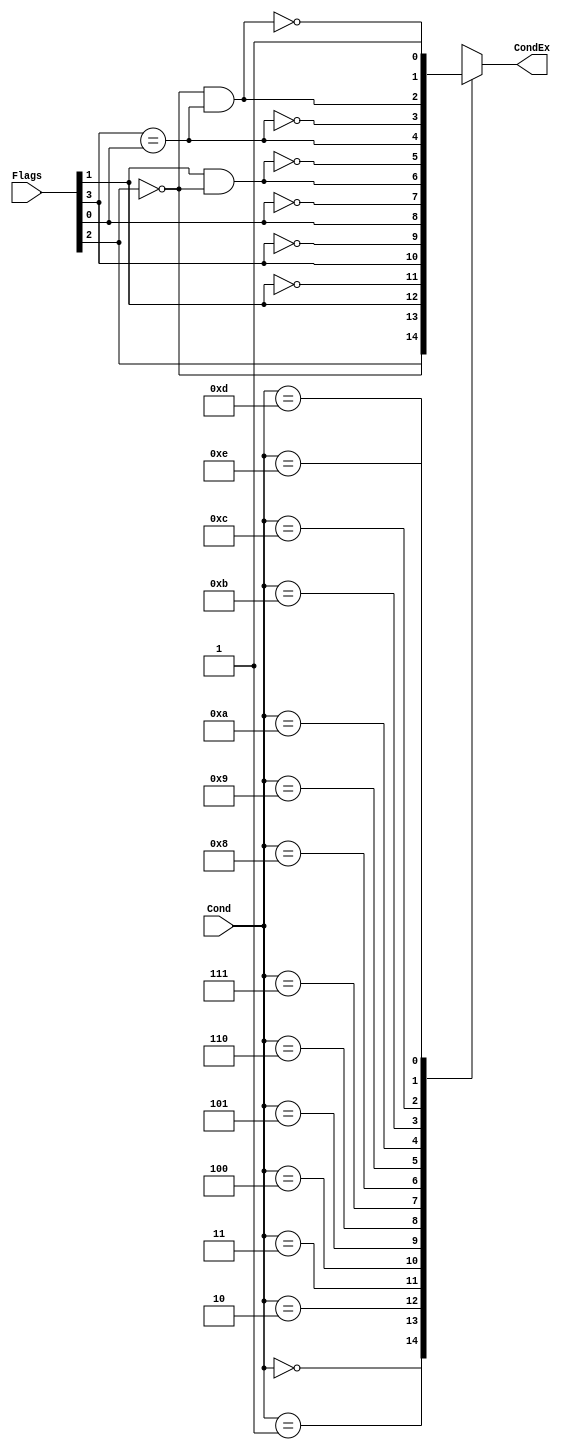
module condcheck (
	Cond,
	Flags,
	CondEx
);
	input wire [3:0] Cond;
	input wire [3:0] Flags;
	output reg CondEx;
	wire neg;
	wire zero;
	wire carry;
	wire overflow;
	wire ge;
	assign {neg, zero, carry, overflow} = Flags;
	assign ge = neg == overflow;
	always @(*)
		case (Cond)
			4'b0000: CondEx = zero;
			4'b0001: CondEx = ~zero;
			4'b0010: CondEx = carry;
			4'b0011: CondEx = ~carry;
			4'b0100: CondEx = neg;
			4'b0101: CondEx = ~neg;
			4'b0110: CondEx = overflow;
			4'b0111: CondEx = ~overflow;
			4'b1000: CondEx = carry & ~zero;
			4'b1001: CondEx = ~(carry & ~zero);
			4'b1010: CondEx = ge;
			4'b1011: CondEx = ~ge;
			4'b1100: CondEx = ~zero & ge;
			4'b1101: CondEx = ~(~zero & ge);
			4'b1110: CondEx = 1'b1;
			default: CondEx = 1'bx;
		endcase
endmodule